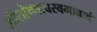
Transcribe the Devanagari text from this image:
शीतोष्णत्वस्वभावत्वं